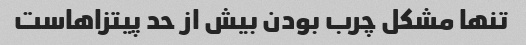
تنها مشکل چرب بودن بیش از حد پیتزاهاست